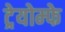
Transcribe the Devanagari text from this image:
ट्रेयोम्फे